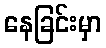
နေခြင်းမှာ